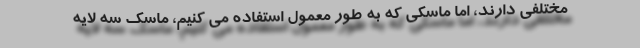
مختلفی دارند، اما ماسکی که به طور معمول استفاده می کنیم، ماسک سه لایه